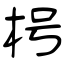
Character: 枵